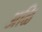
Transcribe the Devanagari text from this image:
अळि